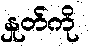
နှုတ်ကို